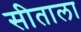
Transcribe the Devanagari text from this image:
सीताला